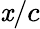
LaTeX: \mathit{x}/c